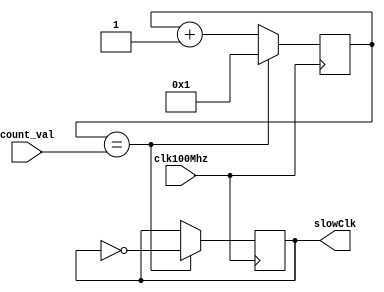
`timescale 1ns / 10ps

module clockdiv(count_val, clk100Mhz, slowClk);
  input clk100Mhz; //fast clock
  input [27:0] count_val;
  output reg slowClk; //slow clock

  reg[27:0] counter;

  initial begin
    counter = 0;
    slowClk = 0;
  end

  always @ (posedge clk100Mhz)
  begin
    if(counter == count_val) begin
      counter <= 1;
      slowClk <= ~slowClk;
    end
    else begin
      counter <= counter + 1;
    end
  end

endmodule